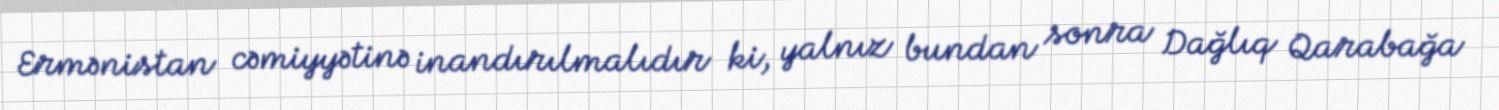
Ermənistan cəmiyyətinə inandırılmalıdır ki, yalnız bundan sonra Dağlıq Qarabağa